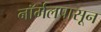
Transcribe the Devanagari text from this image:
नॉर्मलपासून